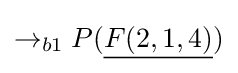
\rightarrow _{b1}P({\underline {F(2,1,4)}})